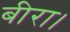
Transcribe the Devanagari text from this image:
बीरा।